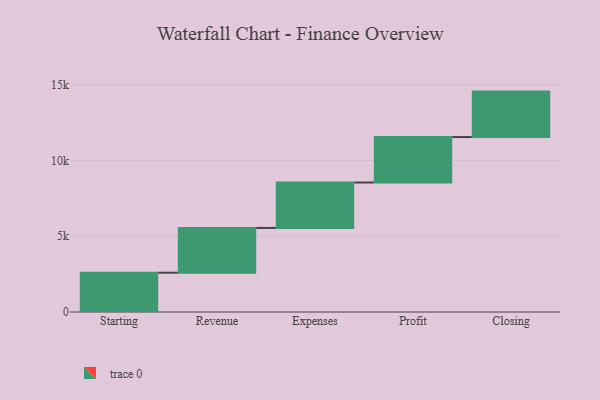
{"axis": {"x": "Step", "y": "Value"}, "legend": [""], "data": [{"x": "Starting", "y": 2593.0, "type": ""}, {"x": "Revenue", "y": 2955.0, "type": ""}, {"x": "Expenses", "y": 3000, "type": ""}, {"x": "Profit", "y": 3000, "type": ""}, {"x": "Closing", "y": 3000, "type": ""}]}